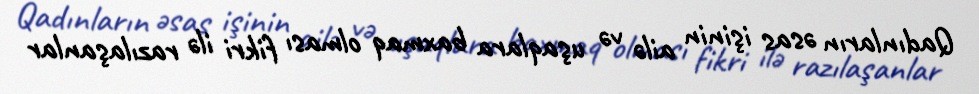
Qadınların əsas işinin ailə və uşaqlara baxmaq olması fikri ilə razılaşanlar